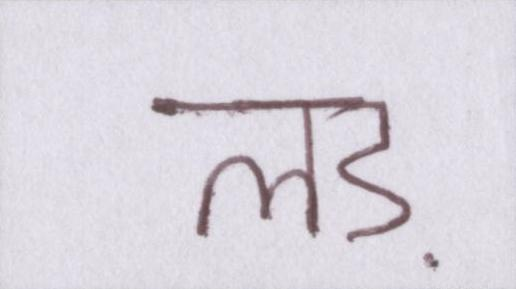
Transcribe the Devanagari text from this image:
लड़